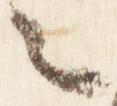
言